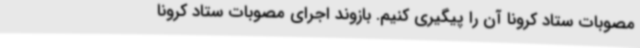
مصوبات ستاد کرونا آن را پیگیری کنیم. بازوند اجرای مصوبات ستاد کرونا